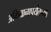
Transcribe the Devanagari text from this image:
अभियानापर्यंतच्या